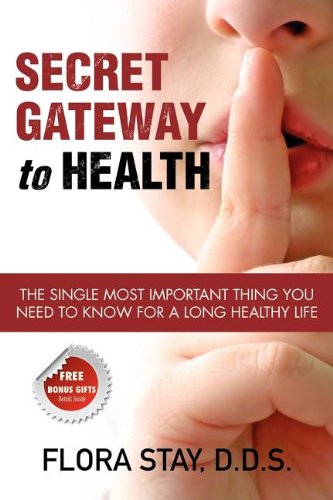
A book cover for Secret Gateway to Health: The Single Most Important Thing You Need to Know for a Long Healthy Life; Flora Stay; Medical Books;